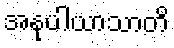
အနုပါယာသာတိ